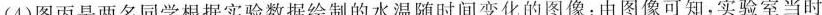
(4)图丙是两名同学根据实验数据绘制的水温随时间变化的图像：由图像可知，实验室当时